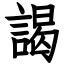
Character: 謁